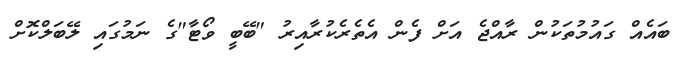
ބައެއް ގައުމުތަކުން ރާއްޖެ އަށް ފެން އެތެރެކުރާއިރު "ބޭބީ ވޯޓާ"ގެ ނަމުގައި ލޭބަލްކޮށް